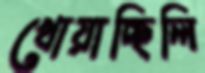
খোয়াচ্ছিলি